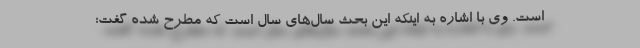
است. وی با اشاره به اینکه این بحث سال‌های سال است که مطرح شده گفت: